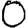
Digit: 0